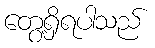
တွေ့ရှိရပါသည်